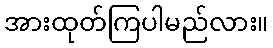
အားထုတ်ကြပါမည်လား။